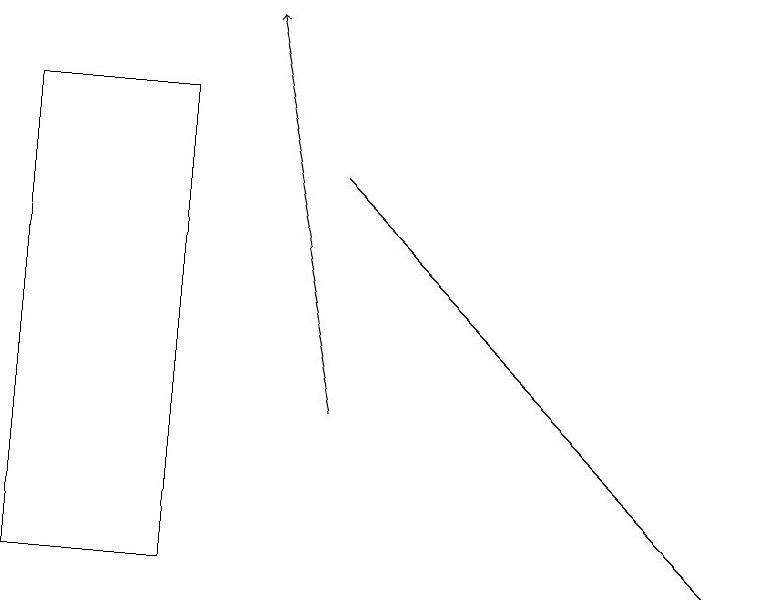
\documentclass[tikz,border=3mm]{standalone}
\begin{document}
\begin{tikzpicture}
\draw[->] (4,16) -- (9,11);
\draw[->] (4,13) -- (3,18);
\draw (0,11) rectangle (2,17);
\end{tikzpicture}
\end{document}